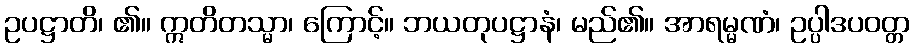
ဥပဋ္ဌာတိ၊ ၏။ ဣတိတသ္မာ၊ ကြောင့်။ ဘယတုပဋ္ဌာနံ၊ မည်၏။ အာရမ္မဏံ၊ ဥပ္ပါဒပဝတ္တ